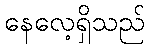
နေလေ့ရှိသည်